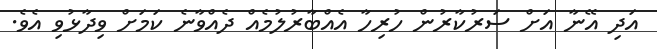
އަދި އޭނާ އަށް ސަރުކާރުން ހުރިހާ އެއްބާރުލުމެއް ދެއްވާނެ ކަމަށް ވިދާޅުވި އެެވެ.